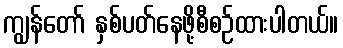
ကျွန်တော် နှစ်ပတ်နေဖို့စီစဉ်ထားပါတယ်။